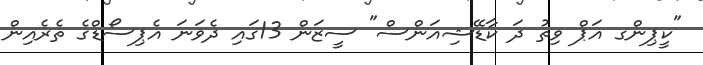
"ކީޕިންގ އަޕް ވިތު ދަ ކާޑޭޝިއަންސް" ސީޒަން 13ގައި ދެވަނަ އެޕިސޯޑްގެ ތެރެއިން